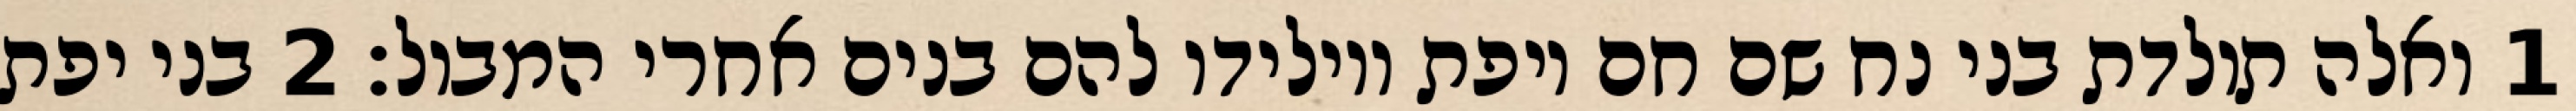
1 ואלה תולדת בני נח שם חם ויפת ויולידו להם בנים אחרי המבול׃ ‎2‏ בני יפת